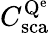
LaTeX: C_{\mathrm{sca}}^{\mathrm{Q^{e}}}